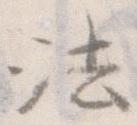
法